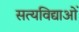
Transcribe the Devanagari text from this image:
सत्यविद्याओं